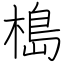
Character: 槝